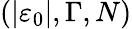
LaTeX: \left(\left\vert\varepsilon_{0}\right\vert,\Gamma,N\right)